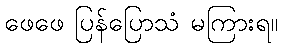
ဖေဖေ ပြန်ပြောသံ မကြားရ။